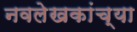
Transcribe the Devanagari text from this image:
नवलेखकांच्या